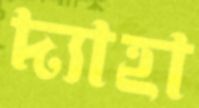
দ্যাহা